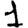
Digit: 1